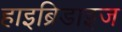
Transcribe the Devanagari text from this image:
हाइब्रिडाइज